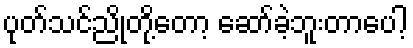
ပုတ်သင်ညိုတို့တော့ ဆော်ခဲ့ဘူးတာပေါ့